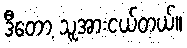
ဒီတော့ သူအားငယ်တယ်။